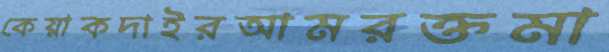
কেয়াকদাইরআমরক্তমা